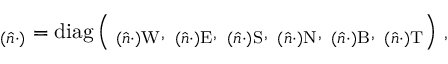
\mathbf \Lambda _ { ( \hat { n } \cdot ) } = \operatorname { d i a g } \left( \mathbf \Lambda _ { ( \hat { n } \cdot ) \mathrm { W } } , \mathbf \Lambda _ { ( \hat { n } \cdot ) \mathrm { E } } , \mathbf \Lambda _ { ( \hat { n } \cdot ) \mathrm { S } } , \mathbf \Lambda _ { ( \hat { n } \cdot ) \mathrm { N } } , \mathbf \Lambda _ { ( \hat { n } \cdot ) \mathrm { B } } , \mathbf \Lambda _ { ( \hat { n } \cdot ) \mathrm { T } } \right) \, ,